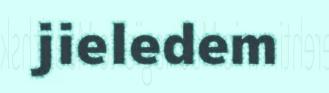
jieledem